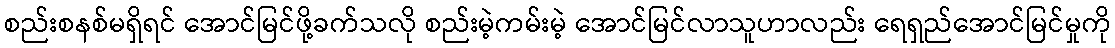
စည်းစနစ်မရှိရင် အောင်မြင်ဖို့ခက်သလို စည်းမဲ့ကမ်းမဲ့ အောင်မြင်လာသူဟာလည်း ရေရှည်အောင်မြင်မှုကို